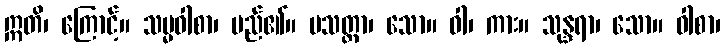
ဣတိ၊ ကြောင့်။ သမ္မဝါစာ၊ မည်၏။ ပသတ္ထာ၊ သော။ ဝါ၊ ကား။ သုန္ဒရာ၊ သော။ ဝါစာ၊